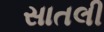
સાતલી